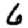
Digit: 6